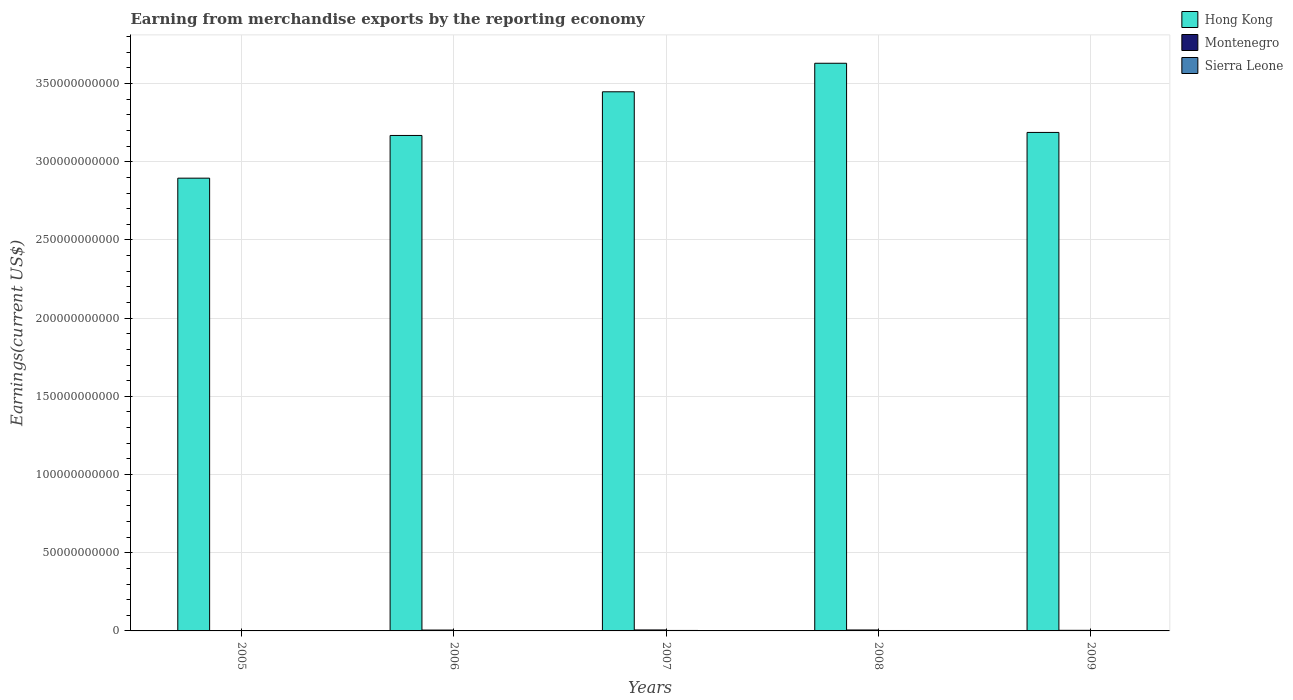
| Years | Hong Kong | Montenegro | Sierra Leone |
 | --- | --- | --- | --- |
 | 2005 | 2.9e+11 | 9.18e+07 | 1.96e+08 |
 | 2006 | 3.17e+11 | 5.53e+08 | 2.08e+08 |
 | 2007 | 3.45e+11 | 6.2e+08 | 3.05e+08 |
 | 2008 | 3.63e+11 | 6.07e+08 | 2.73e+08 |
 | 2009 | 3.19e+11 | 3.84e+08 | 2.15e+08 |